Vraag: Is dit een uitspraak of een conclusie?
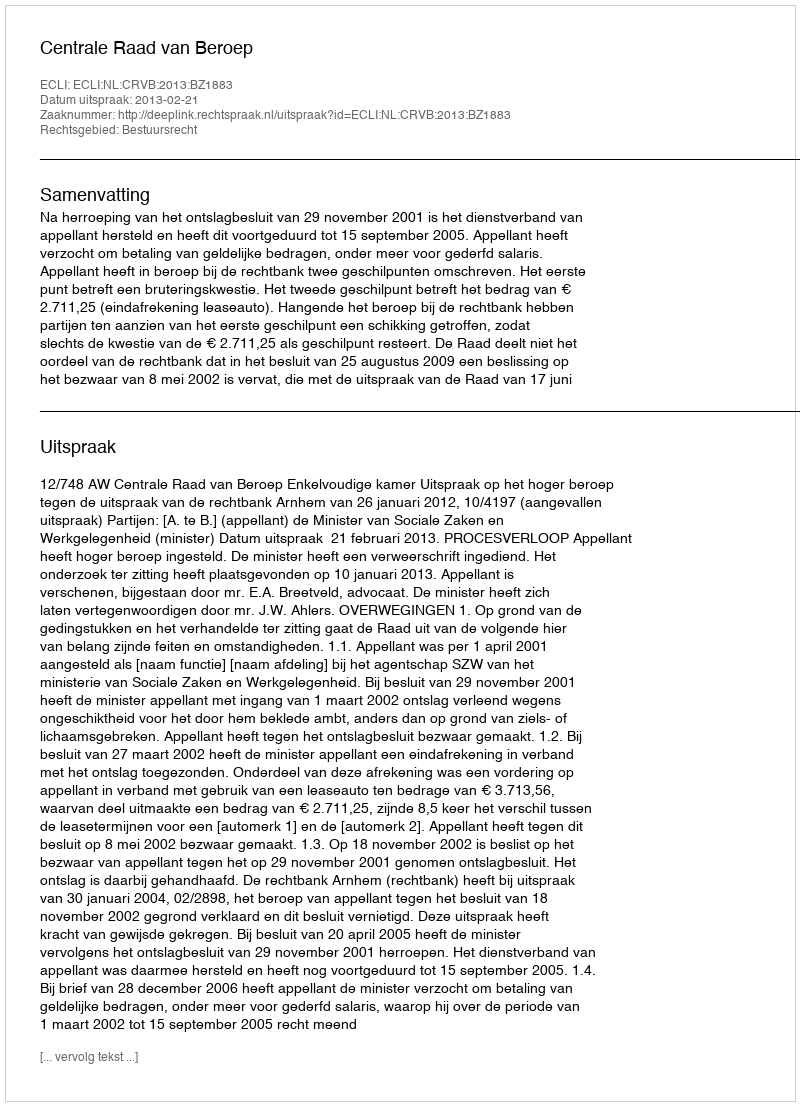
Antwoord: Uitspraak